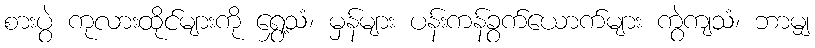
စားပွဲ ကုလားထိုင်များကို ရွှေ့သံ၊ မှန်များ ပန်းကန်ခွက်ယောက်များ ကွဲကျသံ၊ ဘာမျှ